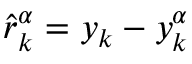
\hat { r } _ { k } ^ { \alpha } = y _ { k } - y _ { k } ^ { \alpha }